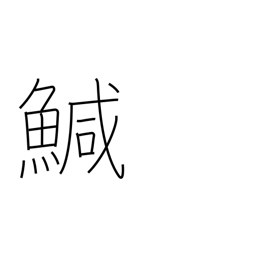
Meaning: turbot